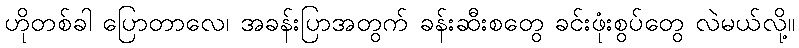
ဟိုတစ်ခါ ပြောတာလေ၊ အခန်းပြာအတွက် ခန်းဆီးစတွေ ခင်းဖုံးစွပ်တွေ လဲမယ်လို့။